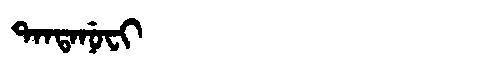
Manchu: ᡨᠠᠨᡨᠠᠨᡠᠸᡳ
Romanization: TANTANUFI